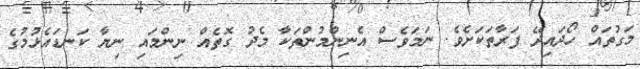
މަގުތައް ހޯދައިދޭ ފަރާތަކަށެވެ. ނަމަވެސް އެނިންމުންތަކާ މެދު ގޮތެއް ނިންމައި ނިޔާ ކަނޑައެޅުމުގެ